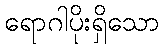
ရောဂါပိုးရှိသော